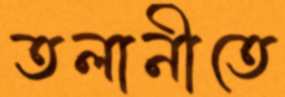
তলানীতে